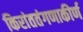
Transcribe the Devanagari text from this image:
किरांततंगणाकीर्ण